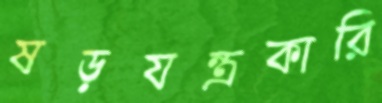
ষড়যন্ত্রকারি